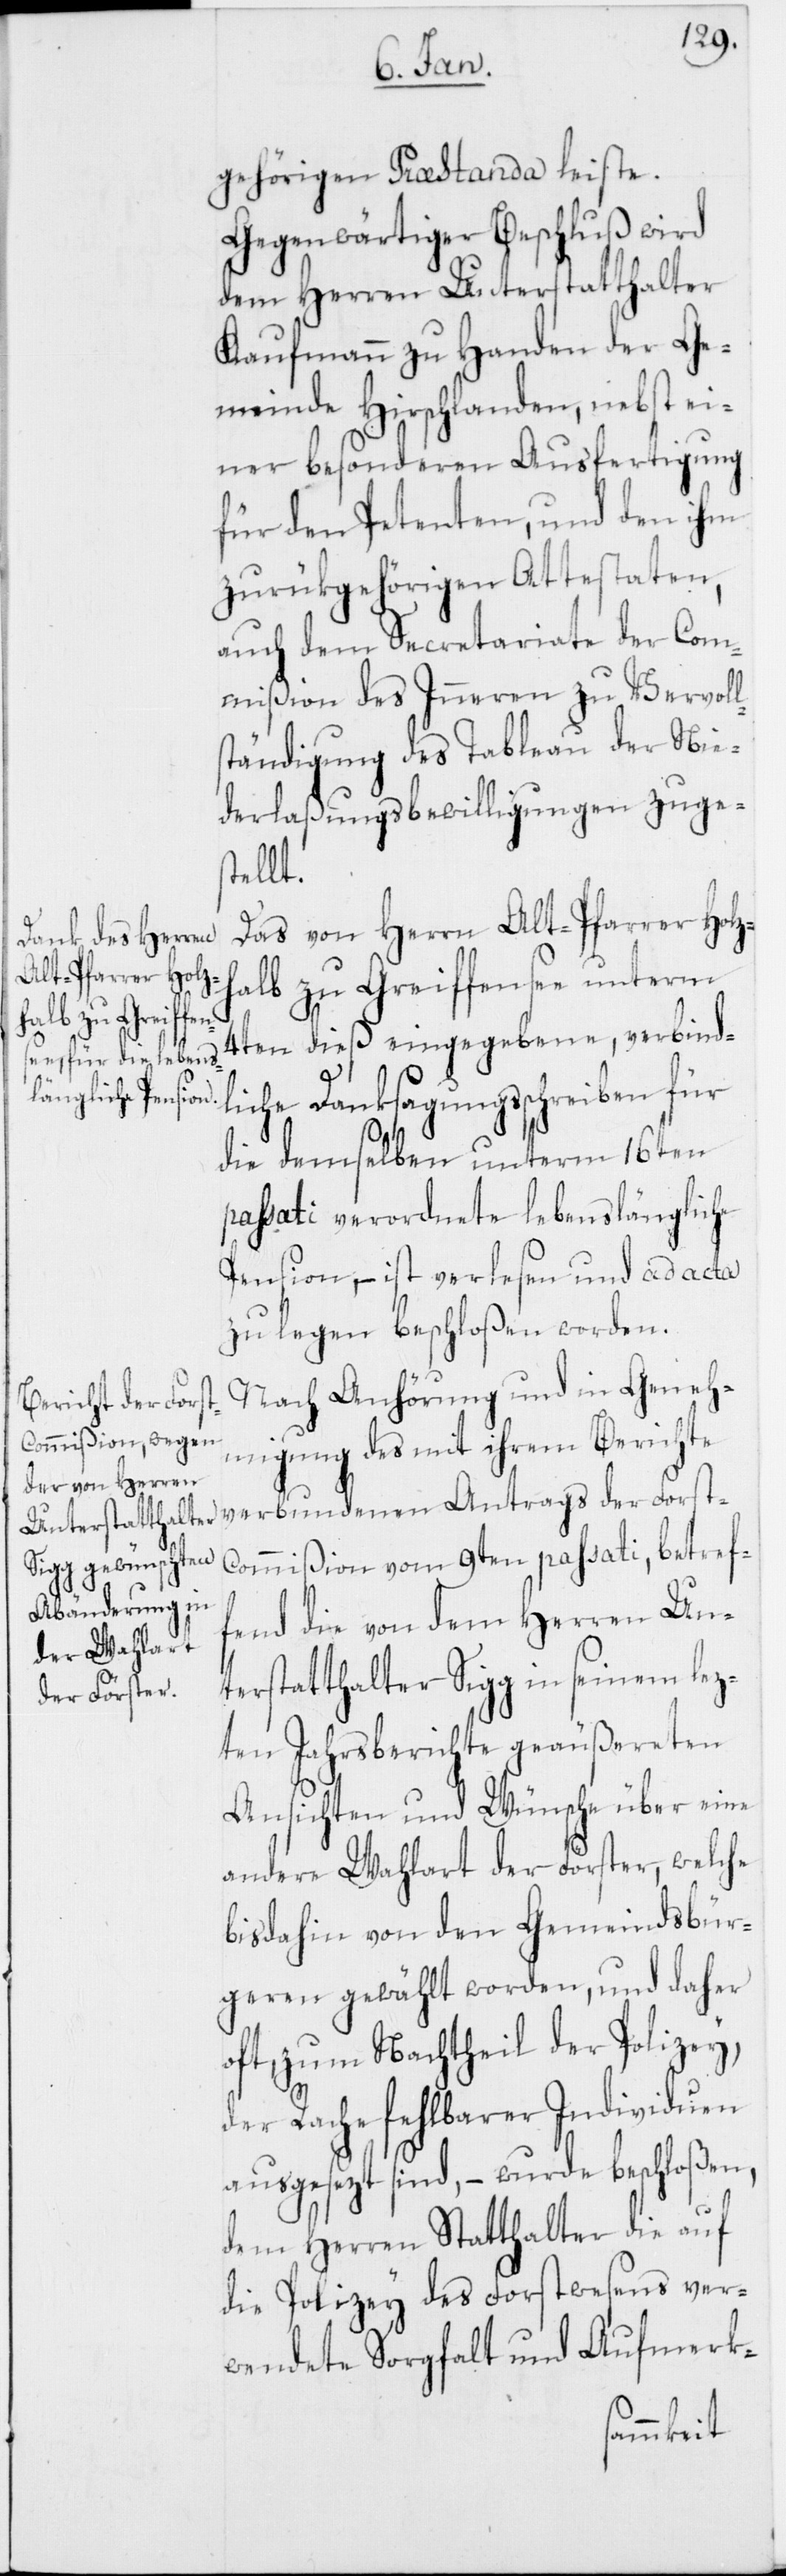
gehörigen Praestanda leiste.
Gegenwärtiger Beschluß wird
dem Herren Unterstatthalter
Kaufmann zu Handen der Ge¬
meinde Hirschlanden, nebst ei¬
ner besonderen Ausfertigung
für den Petenten, und den ihm
zurükgehörigen Attestaten,
auch dem Secretariate der Com¬
mißion des Inneren zu Vervoll¬
ständigung des Tableau der Nie¬
derlaßungsbewilligungen zuges¬
tellt.
Das von Herrn Alt-Pfarrer Holz¬
halb zu Greiffensee unterm
und in Gene¬
4ten dieß eingegebene, verbind¬
liche Danksagungsschreiben für
die demselben unterm 16ten
passati verordnete lebenslängliche
Pension, – ist verlesen und ad acta
zu legen beschloßen worden.
hmigung des mit ihrem Berichte
verbundenen Antrags der Forst-C¬
ommißion vom 9ten passati, betref¬
fend die von dem Herren Unt¬
erstatthalter Sigg in seinem lez¬
ten Jahrsberichte geäußerten
Ansichten und Wünsche über eine
andere Wahlart der Förster, welche
bisdahin von den Gemeindsbür¬
geren gewählt worden, und daher
oft, zum Nachtheil der Polizey,
der Rache fehlbarer Individuen
ausgesezt sind, – wurde beschloßen,
den Herren Statthalter die auf
die Polizey des Forstwesens ver¬
wendete Sorgfalt und Aufmerk-